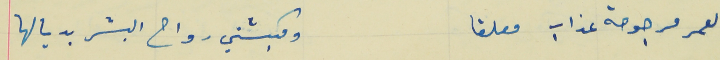
العمر مرجوحة عذاب معلقا                                    ومكبشين رواح البشر بديالها